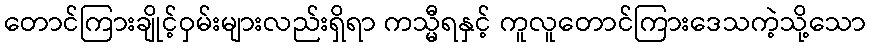
တောင်ကြားချိုင့်ဝှမ်းများလည်းရှိရာ ကသ္မီရနှင့် ကူလူတောင်ကြားဒေသကဲ့သို့သော